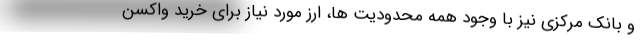
و بانک مرکزی نیز با وجود همه محدودیت ها، ارز مورد نیاز برای خرید واکسن